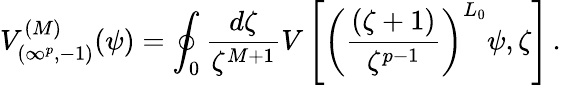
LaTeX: V_{(\infty^{p},-1)}^{(M)}(\psi)=\oint_{0}\frac{d\zeta}{\zeta^{M+1}}V\left[\left(\frac{(\zeta+1)}{\zeta^{p-1}}\right)^{L_{0}}\psi,\zeta\right]\, .